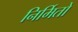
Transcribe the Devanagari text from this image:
निर्मितो